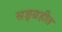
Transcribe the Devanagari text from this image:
सङ्ग्रहीत